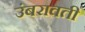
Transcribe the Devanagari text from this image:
उंबरावती